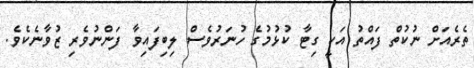
ތެރެއަށް ނުކުތް ފައްތު އަކީ ގިޓާ ކުޅުމުގެ ހުނަރުވެސް ލިބިފައިވާ ފަންނުވެރި ޒުވާނެކެވެ.